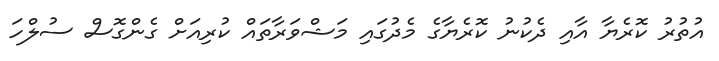
އުތުރު ކޮރެޔާ އާއި ދެކުނު ކޮރެޔާގެ މެދުގައި މަޝްވަރާތައް ކުރިއަށް ގެންގޮސް ސުލްހަ